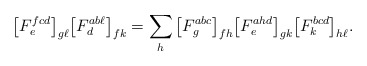
\begin{align*}\big[F^{fcd}_e \big]_{g \ell} \big[ F^{ab\ell}_d\big]_{fk} &= \sum_h \big[ F^{abc}_g \big]_{fh} \big[ F^{ahd}_e \big]_{gk} \big[ F^{bcd}_k \big]_{h\ell}.\end{align*}